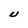
Character: U